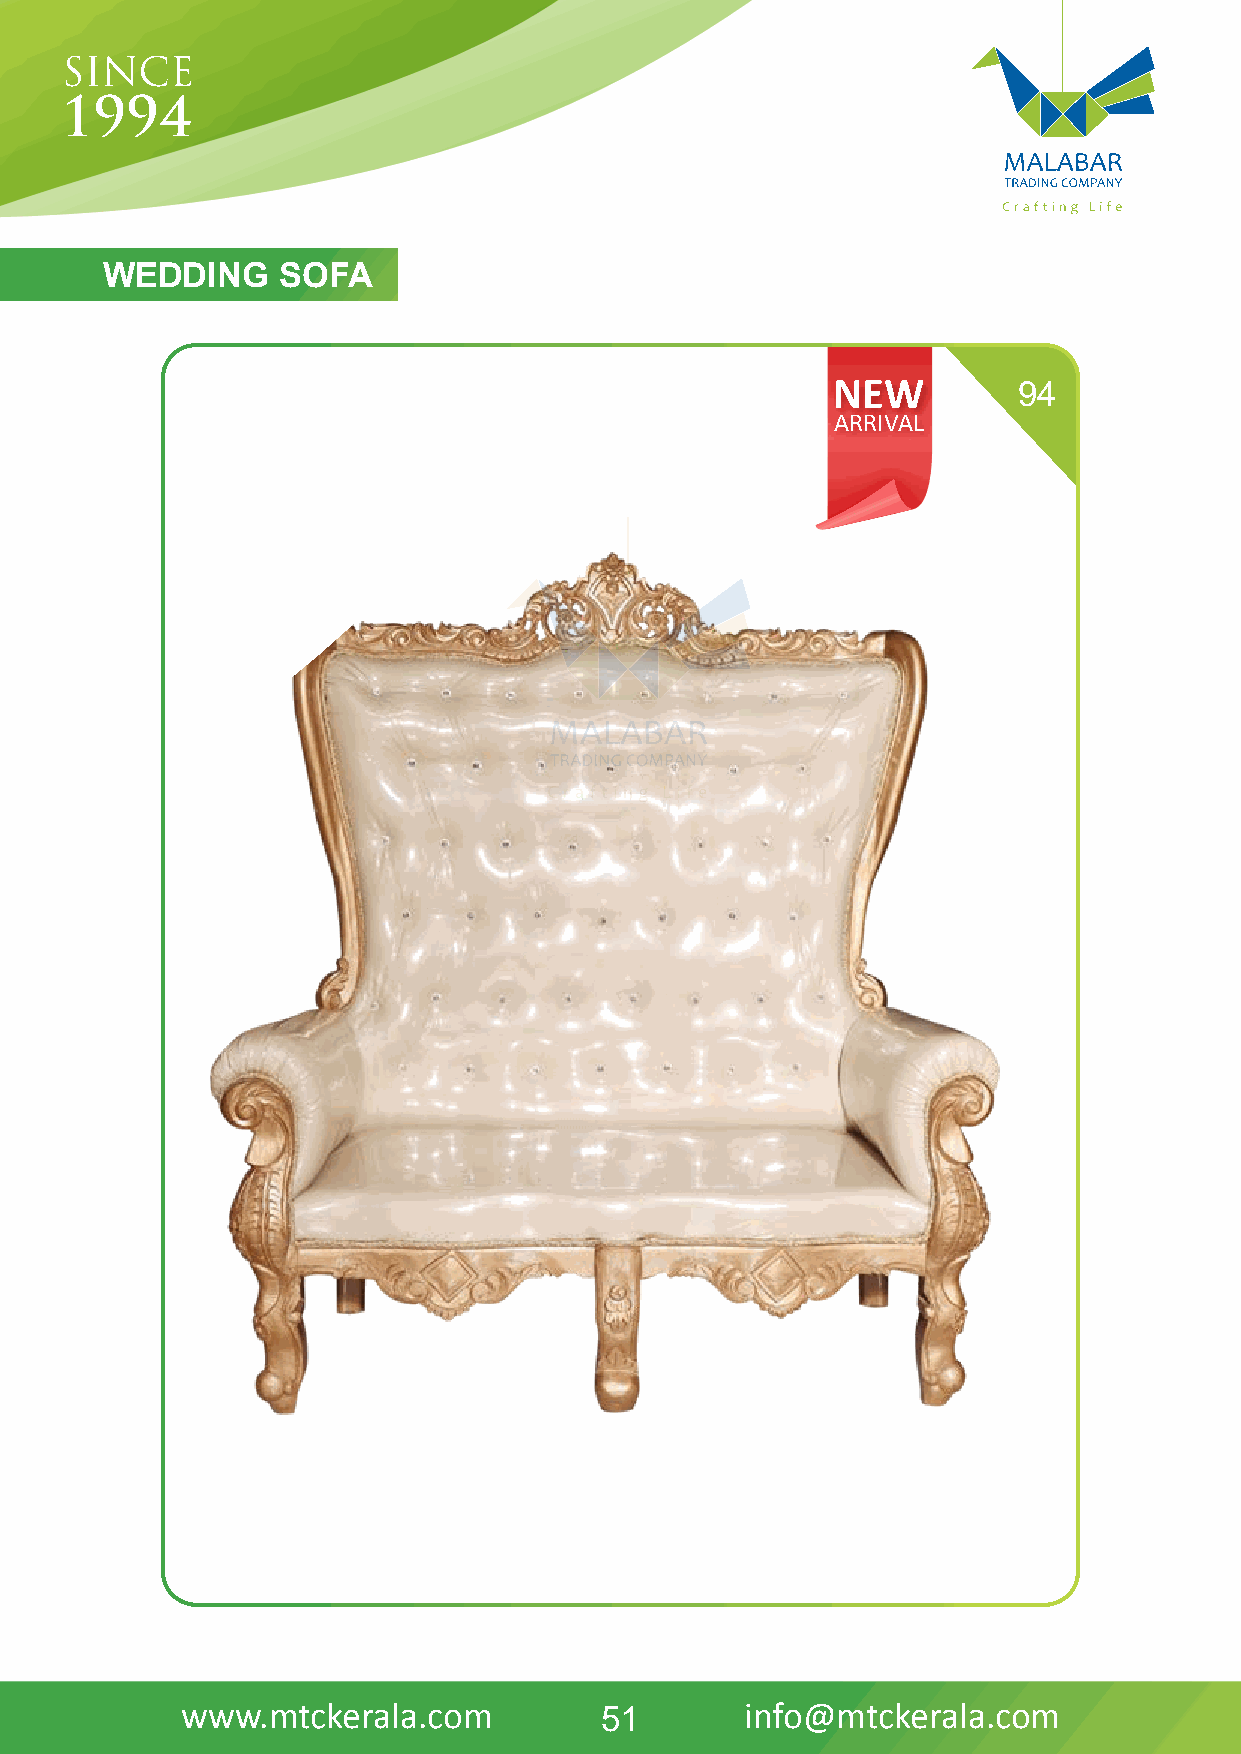
WEDDING    SOFA
 NEW         94
 ARRIVAL
 www.mtckerala.com           51       info@mtckerala.com